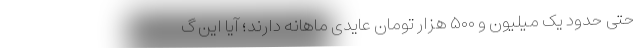
حتی حدود یک میلیون و ۵۰۰ هزار تومان عایدی ماهانه دارند؛ آیا این گ